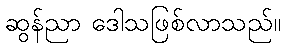
ဆွန်ညာ ဒေါသဖြစ်လာသည်။